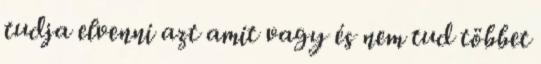
tudja elvenni azt amit vagy és nem tud többet